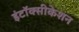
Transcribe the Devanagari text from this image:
इंटॉक्सीकेशन